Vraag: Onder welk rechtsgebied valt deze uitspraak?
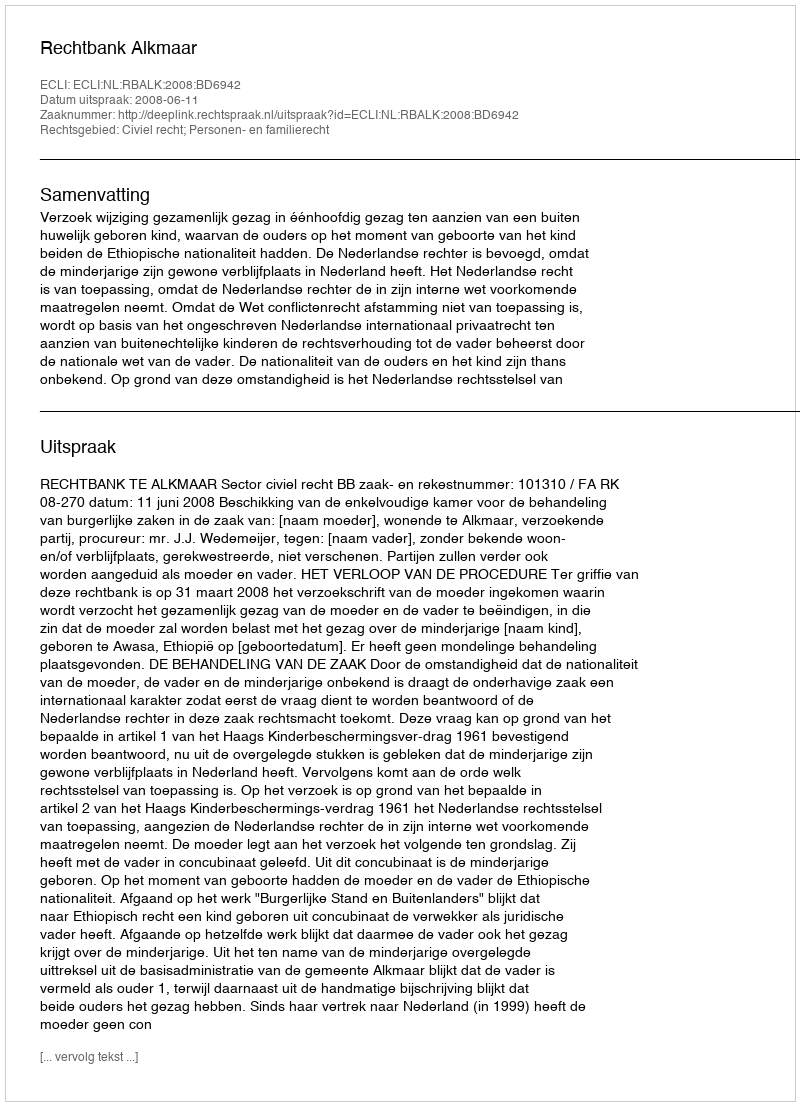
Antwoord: Civiel recht; Personen- en familierecht